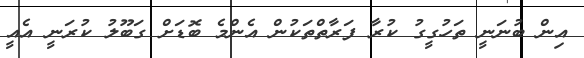
އިން ބުނަނީ ތަހުގީގު ކުރާ ފަރާތްތަކުން އެންމެ ބޮޑަށް ގަބޫލު ކުރަނީ އެއީ